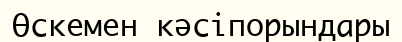
Өскемен кәсіпорындары